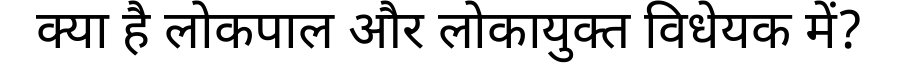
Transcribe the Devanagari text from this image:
क्या है लोकपाल और लोकायुक्त विधेयक में?